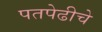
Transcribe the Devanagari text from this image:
पतपेढीचे